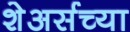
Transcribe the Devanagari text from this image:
शेअर्सच्या